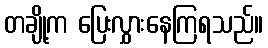
တချို့က ပြေးလွှားနေကြရသည်။